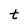
Character: t